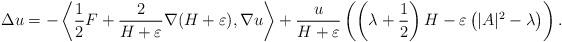
LaTeX: \begin{align*}\Delta u = -\left \langle \frac{1}{2} F + \frac{2}{H+\varepsilon} \nabla (H+\varepsilon), \nabla u\right\rangle + \frac{u}{H+\varepsilon} \left(\left(\lambda + \frac{1}{2}\right)H - \varepsilon \left( |A|^2 - \lambda\right)\right).\end{align*}